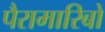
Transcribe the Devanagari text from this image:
पैरामारिबो